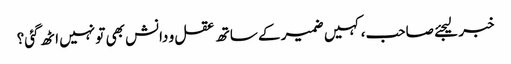
خبر لیجئے صاحب، کہیں ضمیر کے ساتھ عقل و دانش بھی تو نہیں اٹھ گئی؟